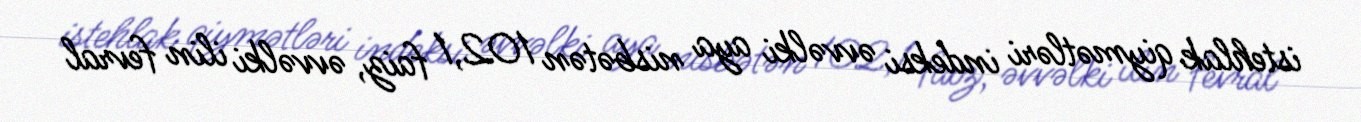
istehlak qiymətləri indeksi əvvəlki aya nisbətən 102,1 faiz, əvvəlki ilin fevral